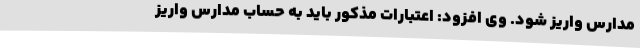
مدارس واریز شود. وی افزود: اعتبارات مذکور باید به حساب مدارس واریز